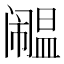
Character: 𫔹